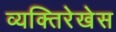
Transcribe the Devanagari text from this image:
व्यक्तिरेखेस